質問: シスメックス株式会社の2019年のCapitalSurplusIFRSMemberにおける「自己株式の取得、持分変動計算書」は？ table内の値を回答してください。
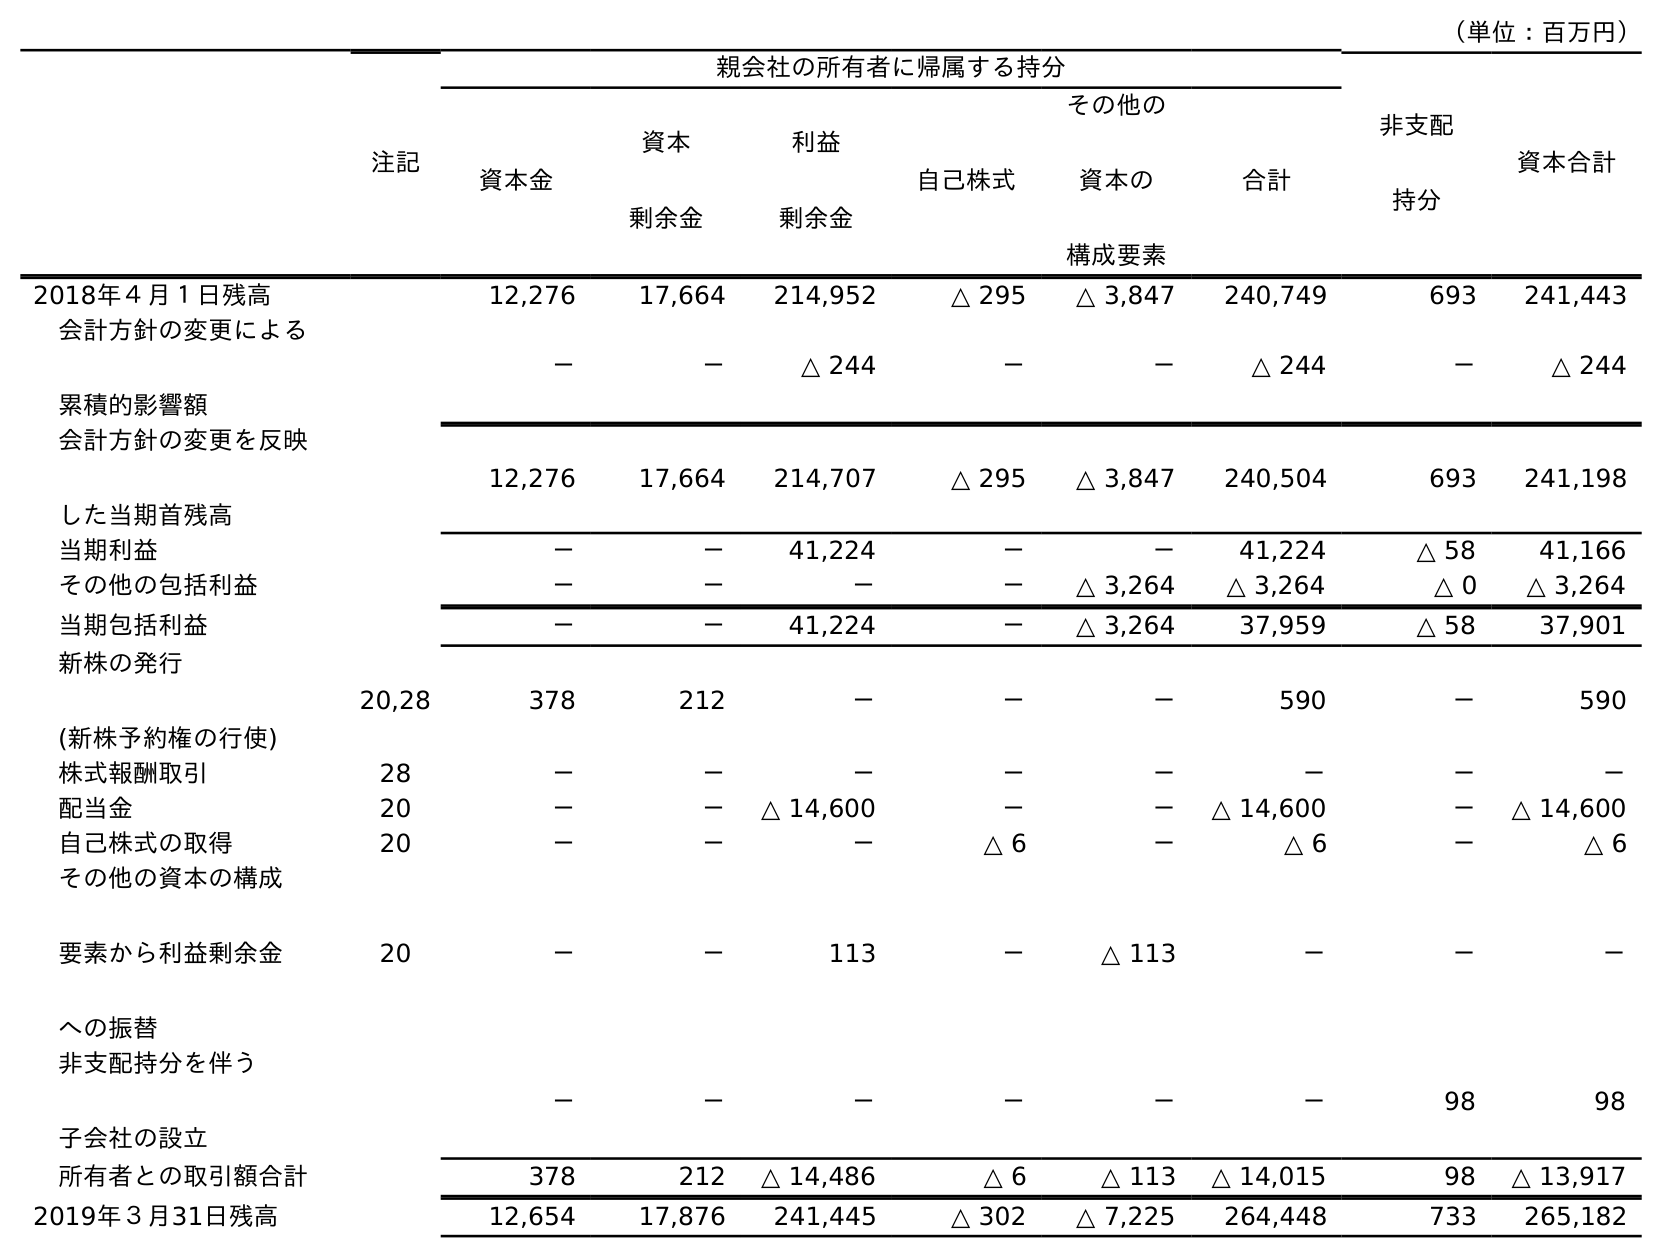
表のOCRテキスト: （単位：百万円） 注記 親会社の所有者に帰属する持分 非支配 持分 資本合計 資本金 資本 剰余金 利益 剰余金 自己株式 その他の 資本の 構成要素 合計 2018年４月１日残高 12,276 17,664 214,952 △ 295 △ 3,847 240,749 693 241,443 会計方針の変更による 累積的影響額 － － △ 244 － － △ 244 － △ 244 会計方針の変更を反映 した当期首残高 12,276 17,664 214,707 △ 295 △ 3,847 240,504 693 241,198 当期利益 － － 41,224 － － 41,224 △ 58 41,166 その他の包括利益 － － － － △ 3,264 △ 3,264 △ 0 △ 3,264 当期包括利益 － － 41,224 － △ 3,264 37,959 △ 58 37,901 新株の発行 (新株予約権の行使) 20,28 378 212 － － － 590 － 590 株式報酬取引 28 － － － － － － － － 配当金 20 － － △ 14,600 － － △ 14,600 － △ 14,600 自己株式の取得 20 － － － △ 6 － △ 6 － △ 6 その他の資本の構成 要素から利益剰余金 への振替 20 － － 113 － △ 113 － － － 非支配持分を伴う 子会社の設立 － － － － － － 98 98 所有者との取引額合計 378 212 △ 14,486 △ 6 △ 113 △ 14,015 98 △ 13,917 2019年３月31日残高 12,654 17,876 241,445 △ 302 △ 7,225 264,448 733 265,182
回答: －